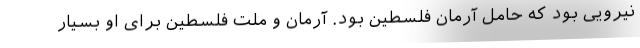
نیرویی بود که حامل آرمان فلسطین بود. آرمان و ملت فلسطین برای او بسیار